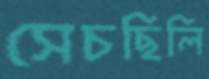
সেচছিলি